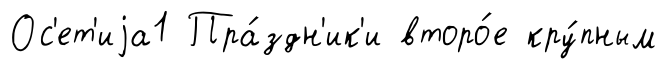
Ос'ет'иjа1 Пра́здн'ик'и второ́е кру́пным